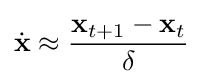
{\dot {\mathbf {x} }}\approx {\frac {\mathbf {x} _{t+1}-\mathbf {x} _{t}}{\delta }}